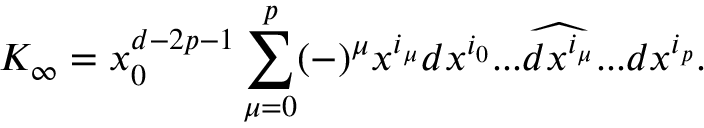
K _ { \infty } = x _ { 0 } ^ { d - 2 p - 1 } \sum _ { \mu = 0 } ^ { p } ( - ) ^ { \mu } x ^ { i _ { \mu } } d x ^ { i _ { 0 } } . . . \widehat { d x ^ { i _ { \mu } } } . . . d x ^ { i _ { p } } .